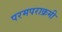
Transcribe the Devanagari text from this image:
परमपराक्रमी